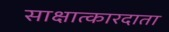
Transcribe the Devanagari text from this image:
साक्षात्कारदाता